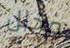
مخلل